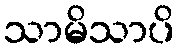
သာမိသာပိ